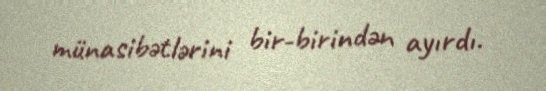
münasibətlərini bir-birindən ayırdı.